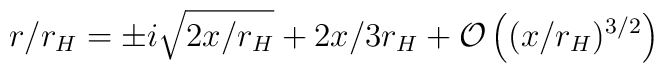
r/r_H = \pm i \sqrt{2x/r_H} + 2x/3r_H + {\mathcal O}\left((x/r_H)^{3/2}\right)